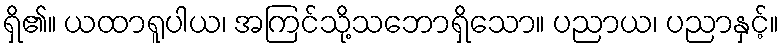
ရှိ၏။ ယထာရူပါယ၊ အကြင်သို့သဘောရှိသော။ ပညာယ၊ ပညာနှင့်။